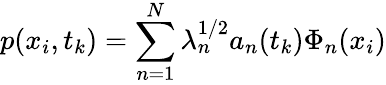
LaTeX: p(x_{i},t_{k})=\sum_{n=1}^{N}\lambda_{n}^{1/2}a_{n}(t_{k})\Phi_{n}(x_{i})